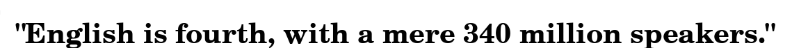
"English is fourth, with a mere 340 million speakers."